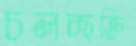
চলচ্ছক্তি